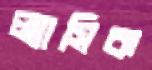
ল্যাসিক